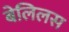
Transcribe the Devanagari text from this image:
बेलिलस